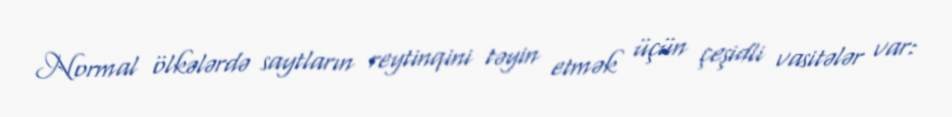
Normal ölkələrdə saytların reytinqini təyin etmək üçün çeşidli vasitələr var: